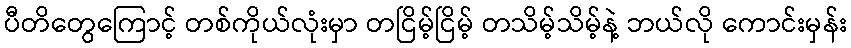
ပီတိတွေကြောင့် တစ်ကိုယ်လုံးမှာ တငြိမ့်ငြိမ့် တသိမ့်သိမ့်နဲ့ ဘယ်လို ကောင်းမှန်း